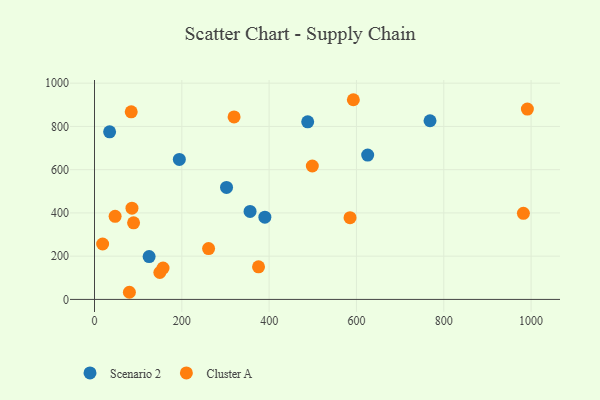
{"axis": {"x": "Engine Size", "y": "Profit"}, "legend": ["Cluster A", "Scenario 2"], "data": [{"x": "194.3", "y": 647.2, "type": "Scenario 2"}, {"x": "302.4", "y": 518.1, "type": "Scenario 2"}, {"x": "768.5", "y": 826.2, "type": "Scenario 2"}, {"x": "356.3", "y": 406.9, "type": "Scenario 2"}, {"x": "625.7", "y": 667.6, "type": "Scenario 2"}, {"x": "34.6", "y": 775.2, "type": "Scenario 2"}, {"x": "488.3", "y": 821.2, "type": "Scenario 2"}, {"x": "390.2", "y": 380.1, "type": "Scenario 2"}, {"x": "125.1", "y": 198.3, "type": "Scenario 2"}, {"x": "498.9", "y": 617.1, "type": "Cluster A"}, {"x": "991.5", "y": 880.3, "type": "Cluster A"}, {"x": "47.2", "y": 384.1, "type": "Cluster A"}, {"x": "79.9", "y": 33.0, "type": "Cluster A"}, {"x": "261.3", "y": 234.9, "type": "Cluster A"}, {"x": "375.7", "y": 150.5, "type": "Cluster A"}, {"x": "89.5", "y": 354.3, "type": "Cluster A"}, {"x": "157.0", "y": 144.7, "type": "Cluster A"}, {"x": "585.3", "y": 377.9, "type": "Cluster A"}, {"x": "592.9", "y": 923.5, "type": "Cluster A"}, {"x": "319.7", "y": 844.1, "type": "Cluster A"}, {"x": "982.4", "y": 398.1, "type": "Cluster A"}, {"x": "85.8", "y": 421.8, "type": "Cluster A"}, {"x": "149.6", "y": 124.4, "type": "Cluster A"}, {"x": "18.6", "y": 256.2, "type": "Cluster A"}, {"x": "84.1", "y": 867.6, "type": "Cluster A"}]}